Civil Veterinary Dept. North-West Frontier Province 1933-46 - 1933-1946
Year: 1933
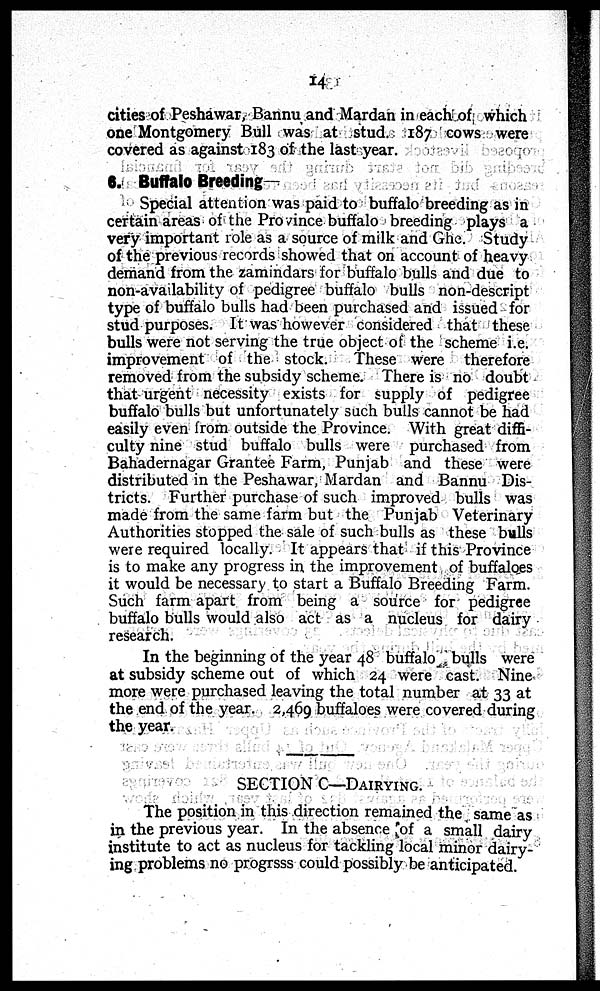
14
cities of Peshawar, Bannu and Mardan in each of which
one Montgomery Bull was at stud. 187 cows were
covered as against 183 of the last year.
6. Buffalo Breeding—
Special attention was paid to buffalo breeding as in
certain areas of the Province buffalo breeding plays a
very important role as a source of milk and Ghe. Study
of the previous records showed that on account of heavy
demand from the zamindars for buffalo bulls and due to
non-ava lability of pedigree buffalo bulls non-descript
type of buffalo bulls had been purchased and issued for
stud purposes. It was however considered that these
bulls were not serving the true object of the scheme i.e.
improvement of the stock. These were therefore
removed from the subsidy scheme. There is no doubt
that urgent necessity exists for supply of pedigree
buffalo bulls but unfortunately such bulls cannot be had
easily even from outside the Province. With great diffi-
culty nine stud buffalo bulls were purchased from
Bahadernagar Grantee Farm, Punjab and these were
distributed in the Peshawar, Mardan and Bannu Dis-
tricts. Further purchase of such improved bulls was
made from the same farm but the Punjab Veterinary
Authorities stopped the sale of such bulls as these bulls
were required locally. It appears that if this Province
is to make any progress in the improvement of buffaloes
it would be necessary to start a Buffalo Breeding Farm.
Such farm apart from being a source for pedigree
buffalo bulls would also act as a nucleus for dairy
research.
In the beginning of the year 48 buffalo bulls were
at subsidy scheme out of which 24 were cast. Nine
more were purchased leaving the total number at 33 at
the end of the year. 2,469 buffaloes were covered during
the year.
SECTION C—DAIRYING.
The position in this direction remained the same as
in the previous year. In the absence of a small dairy
institute to act as nucleus for tackling local minor dairy-
ing problems no progrsss could possibly be anticipated.